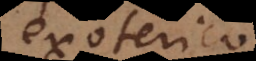
exoterico